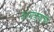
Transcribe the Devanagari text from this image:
आमंत्रणांची